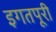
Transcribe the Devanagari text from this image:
इगतपूरी